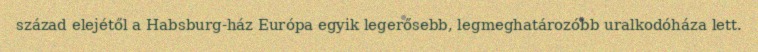
század elejétől a Habsburg-ház Európa egyik legerősebb, legmeghatározóbb uralkodóháza lett.